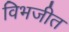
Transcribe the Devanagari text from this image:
विभजीत